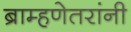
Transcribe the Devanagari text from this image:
ब्राम्हणेतरांनी